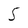
Character: 5